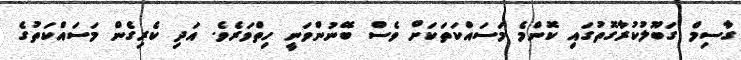
ގާސިމް ގަބޫލުކުރާގޮތުގައި ކޮންމެ މަސައްކަތަކަށް ވެސް ބޭނުންވަނީ ހިތްވަރެވެ. އަދި ކެރިގެން މަސައްކަތުގެ